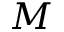
M